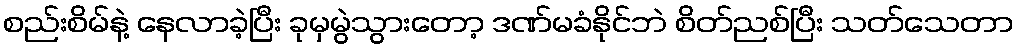
စည်းစိမ်နဲ့ နေလာခဲ့ပြီး ခုမှမွဲသွားတော့ ဒဏ်မခံနိုင်ဘဲ စိတ်ညစ်ပြီး သတ်သေတာ